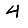
Digit: 4